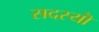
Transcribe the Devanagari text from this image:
सदस्यॊं